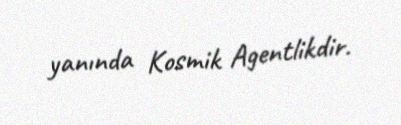
yanında Kosmik Agentlikdir.